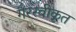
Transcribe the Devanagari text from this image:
गैरस्वीकृत